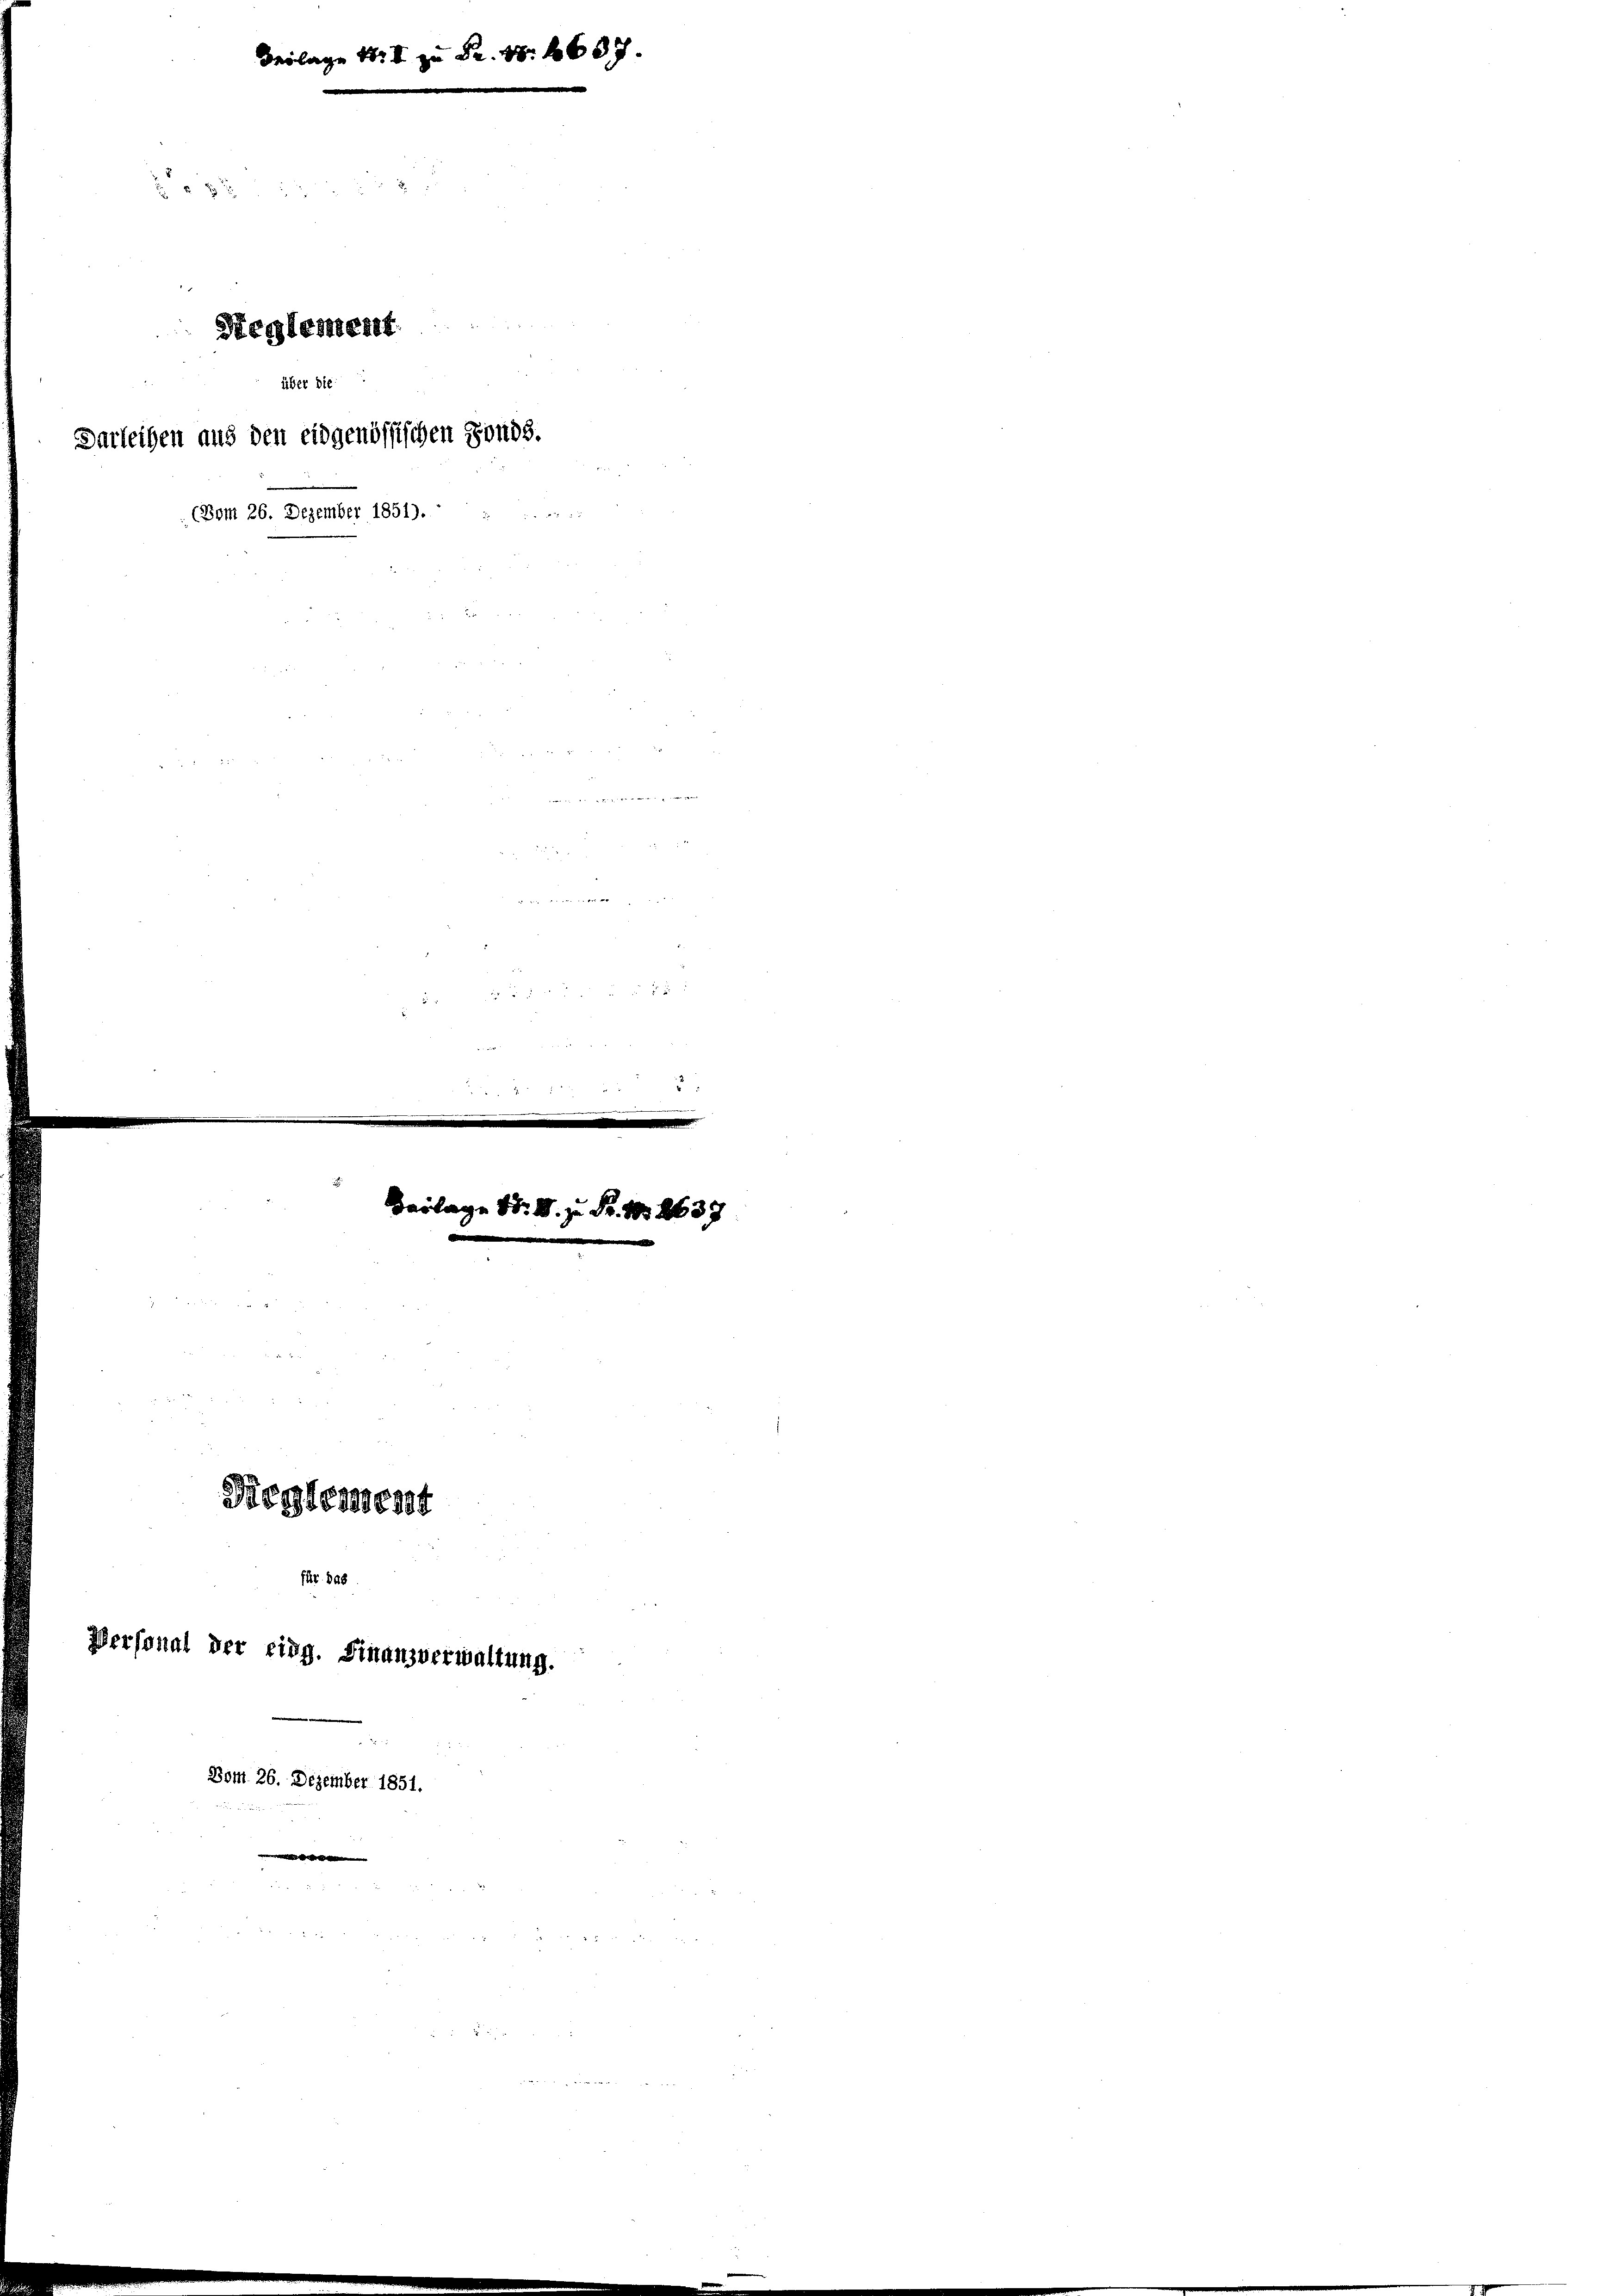
Beilage zu Fr. S. 2687
882
Stentement
über die
Darleihen aus den eidgenössischen Fonds.
d
(Vom 26. Dezember 1851).

n
5
.
x
n
e
.

e
Beilage 81. I. zu Fr. No 2637
Dieglement
für. 898
Personal der eidg. Finanzverwaltung.
Bon 26. Dezember 1851.
i
 |